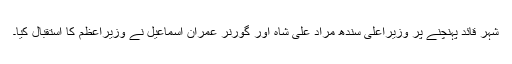
شہر قائد پہنچنے پر وزیراعلیٰ سندھ مراد علی شاہ اور گورنر عمران اسماعیل نے وزیراعظم کا استقبال کیا۔